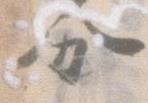
分